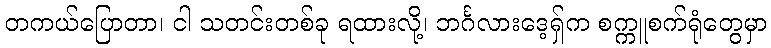
တကယ်ပြောတာ၊ ငါ သတင်းတစ်ခု ရထားလို့၊ ဘင်္ဂလားဒေ့ရှ်က စက္ကူစက်ရုံတွေမှာ